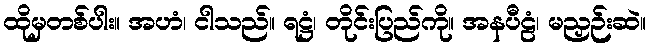
ထိုမှတစ်ပါး။ အဟံ၊ ငါသည်။ ရဋ္ဌံ၊ တိုင်းပြည်ကို။ အနပီဠံ၊ မညှဉ်းဆဲ။